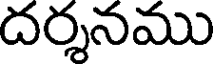
దర్శనము